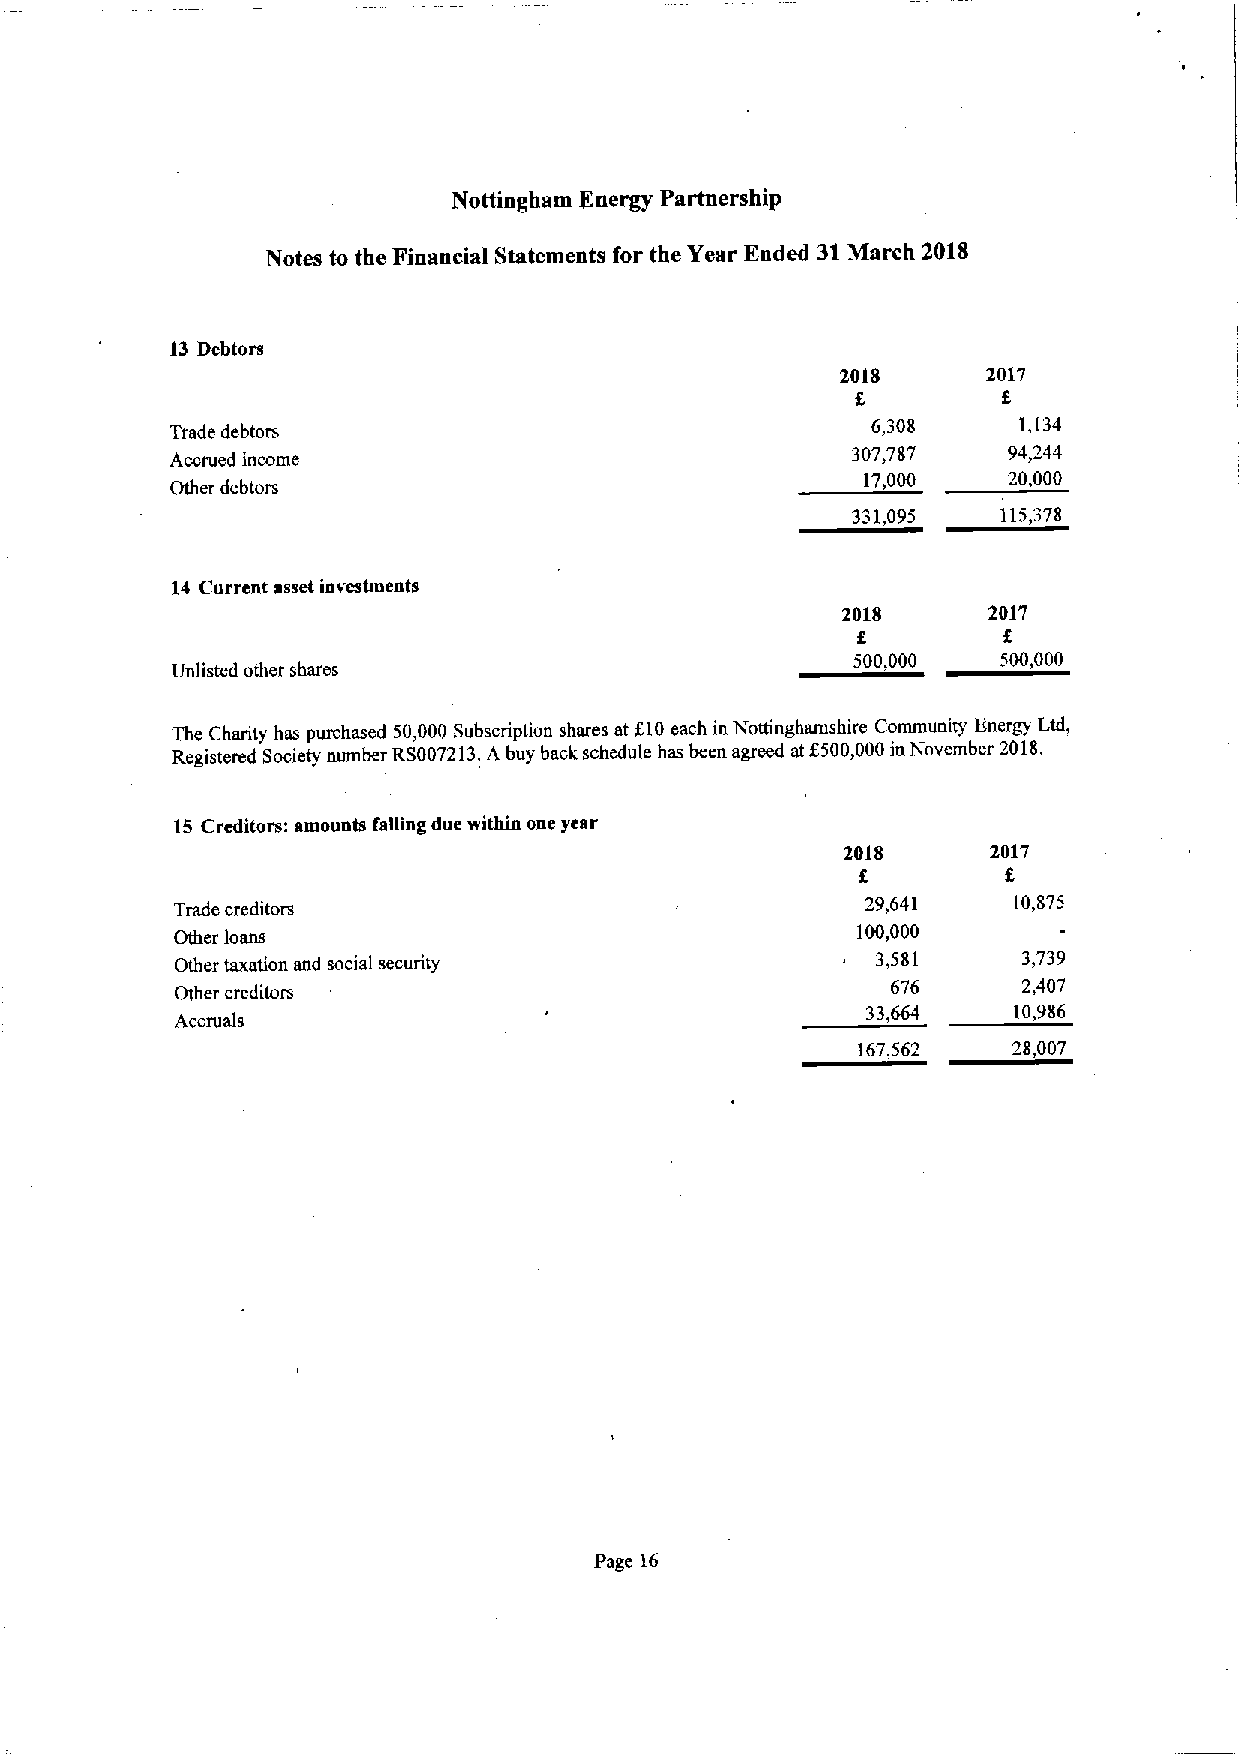
Nottingham Fnergy Partnership
 Notes to the Financial Statements for the Year Ended 31March 201$
 13 Debtors
 2018     2017
 Trade debtors
 6,308    1,134
 307,787    94,244
 Accrued income
 17,000    20,000
 Other debtors
 331,095   115,378
 14 Current asset investments
 2018     2017
 500,000  500,000
 Unlisted other shares
 The Charity has purchased 50,000 Subscription shares at f10each in Nottinghamshire Community Energy Ltd,
 Registered Society number RS007213.A buy back schedule has been agreed at8500,000in November 2018.
 15 Creditors: amounts falling due within one year
 201$      2017
 Trade creditors
 29,641    10,875
 Other loans
 100,000
 Other taxation and social security            3,581     3,739
 Other creditors                                676      2,407
 33,664    10,986
 Accruals
 167,562   28,007
 Page 16